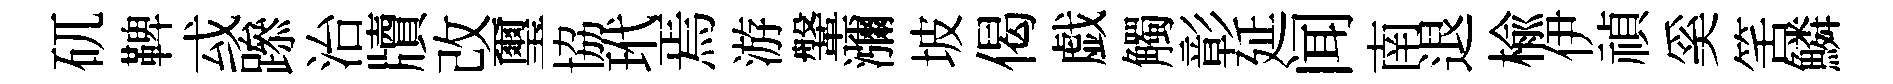
矹鞞㦯𨅶治牘改璽協玳焉游鞶瀰坡偈戯觸彰延闻南退楡伊禎奚筈鱗